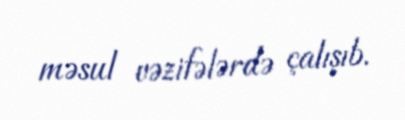
məsul vəzifələrdə çalışıb.